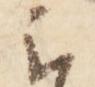
云